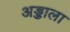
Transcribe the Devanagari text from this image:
अड्डाला